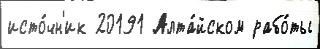
исто́чн'ик 20191 Алта́йском рабо́ты